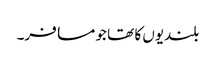
بلندیوں کا تھا جو مسافر۔